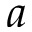
a